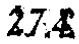
$27.4$